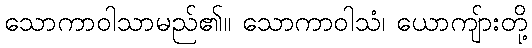
သောကာဝါသာမည်၏။ သောကာဝါသံ၊ ယောကျ်ားတို့